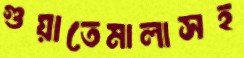
গুয়াতেমালাসহ